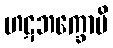
ဟဋဘက္ခောပိ